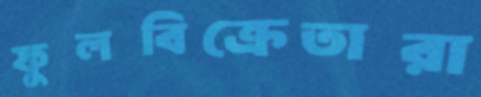
ফুলবিক্রেতারা